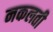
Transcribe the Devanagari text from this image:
नकलती